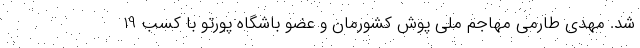
شد. مهدی طارمی مهاجم ملی پوش کشورمان و عضو باشگاه پورتو با کسب 19